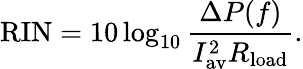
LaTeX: \mathrm{RIN}=10\log_{10}\frac{\Delta P(f)}{I_{\mathrm{av}}^{2}R_{\mathrm{load}}}.